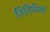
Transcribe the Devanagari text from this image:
तितिलियों